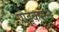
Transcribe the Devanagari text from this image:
प्रोड्कसन